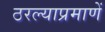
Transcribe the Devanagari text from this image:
ठरल्याप्रमाणें